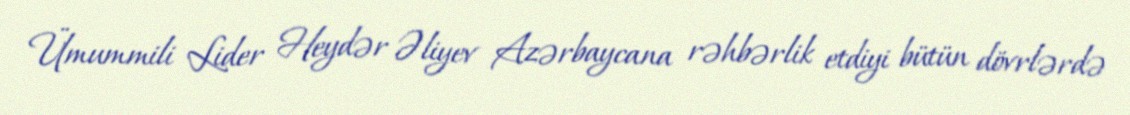
Ümummili Lider Heydər Əliyev Azərbaycana rəhbərlik etdiyi bütün dövrlərdə